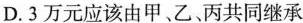
D. 3万元应该由甲、乙丙共同继承